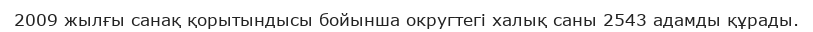
2009 жылғы санақ қорытындысы бойынша округтегі халық саны 2543 адамды құрады.